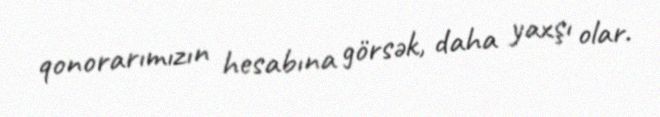
qonorarımızın hesabına görsək, daha yaxşı olar.